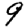
Digit: 9